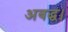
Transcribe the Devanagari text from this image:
अबद्ध।